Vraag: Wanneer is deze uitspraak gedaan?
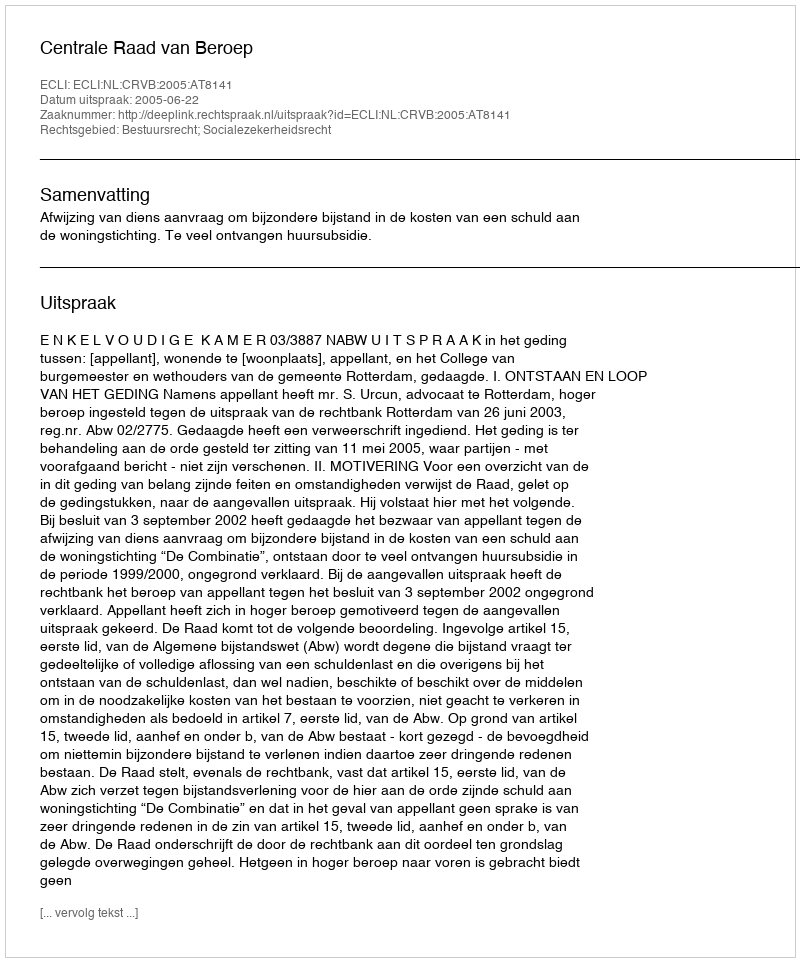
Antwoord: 2005-06-22